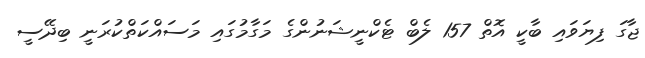
ޖާގަ ފިޔަވައި ބާކީ އޮތް 157 ލެބް ޓެކްނީޝަނުންގެ މަގާމުގައި މަސައްކަތްކުރަނީ ބިދޭސީ